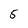
Character: 5